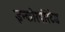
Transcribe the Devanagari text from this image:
इन्कोरपोरेटेड